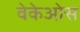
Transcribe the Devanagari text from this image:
वेकेओस